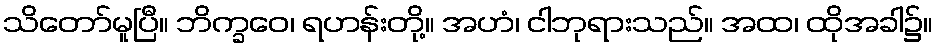
သိတော်မူပြီ။ ဘိက္ခဝေ၊ ရဟန်းတို့။ အဟံ၊ ငါဘုရားသည်။ အထ၊ ထိုအခါ၌။